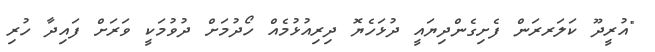
"އުރީދޫ ކަލަރރަން ފެށިގެންދިޔައީ ދުޅަހެޔޮ ދިރިއުޅުމެއް ހޯދުމަށް ދުވުމަކީ ވަރަށް ފައިދާ ހުރި